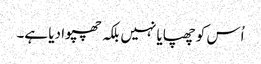
اُس کو چھپایا نہیں بلکہ چھپوا دیا ہے۔